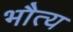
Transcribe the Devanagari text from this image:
भौत्य